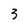
Character: 3